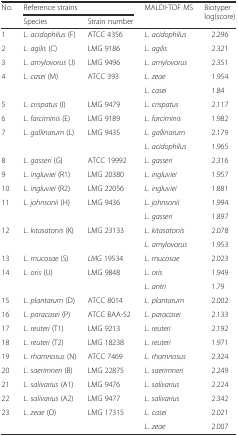
<table><thead><tr><td><b>No.</b></td><td colspan="2"><b>Reference strains</b></td><td rowspan="2"><b>MALDI-TOF MS</b></td><td rowspan="2"><b>Biotyper log(score)</b></td></tr><tr><td></td><td><b>Species</b></td><td><b>Strain number</b></td></tr></thead><tbody><tr><td>1</td><td><i>L. acidophilus</i> (F)</td><td>ATCC 4356</td><td><i>L. acidophilus</i></td><td>2.296</td></tr><tr><td>2</td><td><i>L. agilis</i> (C)</td><td>LMG 9186</td><td><i>L. agilis</i></td><td>2.321</td></tr><tr><td>3</td><td><i>L. amylovorus</i> (J)</td><td>LMG 9496</td><td><i>L. amylovorus</i></td><td>2.351</td></tr><tr><td rowspan="2">4</td><td rowspan="2"><i>L. casei</i> (M)</td><td rowspan="2">ATCC 393</td><td><i>L. zeae</i></td><td>1.954</td></tr><tr><td><i>L. casei</i></td><td>1.84</td></tr><tr><td>5</td><td><i>L. crispatus</i> (I)</td><td>LMG 9479</td><td><i>L. crispatus</i></td><td>2.117</td></tr><tr><td>6</td><td><i>L. farciminis</i> (E)</td><td>LMG 9189</td><td><i>L. farciminis</i></td><td>1.982</td></tr><tr><td rowspan="2">7</td><td rowspan="2"><i>L. gallinarum</i> (L)</td><td rowspan="2">LMG 9435</td><td><i>L. gallinarum</i></td><td>2.179</td></tr><tr><td><i>L. acidophilus</i></td><td>1.965</td></tr><tr><td>8</td><td><i>L. gasseri</i> (G)</td><td>ATCC 19992</td><td><i>L. gasseri</i></td><td>2.316</td></tr><tr><td>9</td><td><i>L. ingluviei</i> (R1)</td><td>LMG 20380</td><td><i>L. ingluviei</i></td><td>1.957</td></tr><tr><td>10</td><td><i>L. ingluviei</i> (R2)</td><td>LMG 22056</td><td><i>L. ingluviei</i></td><td>1.881</td></tr><tr><td rowspan="2">11</td><td rowspan="2"><i>L. johnsonii</i> (H)</td><td rowspan="2">LMG 9436</td><td><i>L. johnsonii</i></td><td>1.994</td></tr><tr><td><i>L. gasseri</i></td><td>1.897</td></tr><tr><td rowspan="2">12</td><td rowspan="2"><i>L. kitasatonis</i> (K)</td><td rowspan="2">LMG 23133</td><td><i>L. kitasatonis</i></td><td>2.078</td></tr><tr><td><i>L. amylovorus</i></td><td>1.953</td></tr><tr><td>13</td><td><i>L. mucosae</i> (S)</td><td><i>LMG</i> 19534</td><td><i>L. mucosae</i></td><td>2.023</td></tr><tr><td rowspan="2">14</td><td rowspan="2"><i>L. oris</i> (U)</td><td rowspan="2">LMG 9848</td><td><i>L. oris</i></td><td>1.949</td></tr><tr><td><i>L. antri</i></td><td>1.79</td></tr><tr><td>15</td><td><i>L. plantarum</i> (D)</td><td>ATCC 8014</td><td><i>L. plantarum</i></td><td>2.002</td></tr><tr><td>16</td><td><i>L. paracasei</i> (P)</td><td>ATCC BAA-52</td><td><i>L. paracasei</i></td><td>2.133</td></tr><tr><td>17</td><td><i>L. reuteri</i> (T1)</td><td>LMG 9213</td><td><i>L. reuteri</i></td><td>2.192</td></tr><tr><td>18</td><td><i>L. reuteri</i> (T2)</td><td>LMG 18238</td><td><i>L. reuteri</i></td><td>1.971</td></tr><tr><td>19</td><td><i>L. rhamnosus</i> (N)</td><td>ATCC 7469</td><td><i>L. rhamnosus</i></td><td>2.324</td></tr><tr><td>20</td><td><i>L. saerimneri</i> (B)</td><td>LMG 22875</td><td><i>L. saerimneri</i></td><td>2.249</td></tr><tr><td>21</td><td><i>L. salivarius</i> (A1)</td><td>LMG 9476</td><td><i>L. salivarius</i></td><td>2.224</td></tr><tr><td>22</td><td><i>L. salivarius</i> (A2)</td><td>LMG 9477</td><td><i>L. salivarius</i></td><td>2.342</td></tr><tr><td rowspan="2">23</td><td rowspan="2"><i>L. zeae</i> (O)</td><td rowspan="2">LMG 17315</td><td><i>L. casei</i></td><td>2.021</td></tr><tr><td><i>L. zeae</i></td><td>2.007</td></tr></tbody></table>